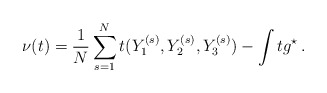
\begin{align*}\nu(t)=\frac1N\sum_{s=1}^Nt(Y_1^{(s)},Y_2^{(s)},Y_3^{(s)})-\int t g^{\star}\,.\end{align*}